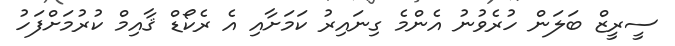
ސީރީޒް ބަލަން ހުރެވުނު އެންމެ ގިނައިރު ކަމަށާއި އެ ރެކޯޑް ޤާއިމް ކުރުމަށްފަހު